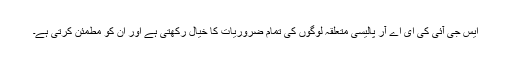
ایس جی آئی کی ای اے آر پالیسی متعلقہ لوگوں کی تمام ضروریات کا خیال رکھتی ہے اور ان کو مطمئن کرتی ہے۔